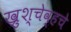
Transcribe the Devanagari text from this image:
ख्रुश्चेव्हचे